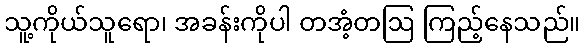
သူ့ကိုယ်သူရော၊ အခန်းကိုပါ တအံ့တဩ ကြည့်နေသည်။